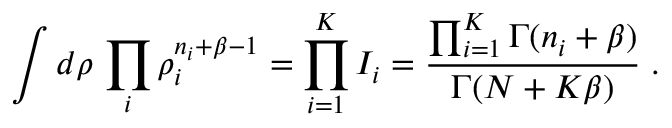
\int d \boldsymbol { \rho } \, \prod _ { i } \rho _ { i } ^ { n _ { i } + \beta - 1 } = \prod _ { i = 1 } ^ { K } I _ { i } = \frac { \prod _ { i = 1 } ^ { K } \Gamma ( n _ { i } + \beta ) } { \Gamma ( N + K \beta ) } \; .